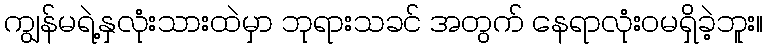
ကျွန်မရဲ့နှလုံးသားထဲမှာ ဘုရားသခင် အတွက် နေရာလုံးဝမရှိခဲ့ဘူး။